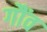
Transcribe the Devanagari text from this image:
गौंव